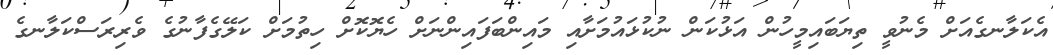
އެކަލާނގެއަށް މެނުވީ ތިޔަބައިމީހުން އަޅުކަން ނުކުޅައުމަށާއި މައިންބަފައިންނަށް ހެޔޮކޮށް ހިތުމަށް ކަލޭގެފާނުގެ ވެރިރަސްކަލާނގެ